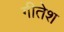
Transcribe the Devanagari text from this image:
गीतेश